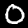
Label: 0